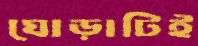
ঘোড়াটিই